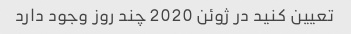
تعیین کنید در ژوئن 2020 چند روز وجود دارد